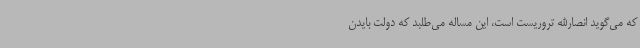
که می‌گوید انصارالله تروریست است، این مساله می‌طلبد که دولت بایدن